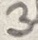
Text: 3